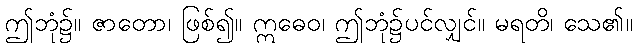
ဤဘုံ၌။ ဇာတော၊ ဖြစ်၍။ ဣဓေဝ၊ ဤဘုံ၌ပင်လျှင်။ မရတိ၊ သေ၏။